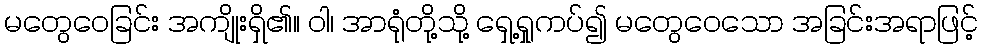
မတွေဝေခြင်း အကျိုးရှိ၏။ ဝါ၊ အာရုံတို့သို့ ရှေ့ရှုကပ်၍ မတွေဝေသော အခြင်းအရာဖြင့်